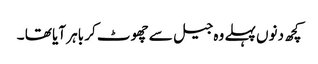
کچھ دنوں پہلے وہ جیل سے چھوٹ کر باہر آیا تھا ۔